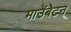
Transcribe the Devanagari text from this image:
माउंबेटन